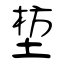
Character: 堏